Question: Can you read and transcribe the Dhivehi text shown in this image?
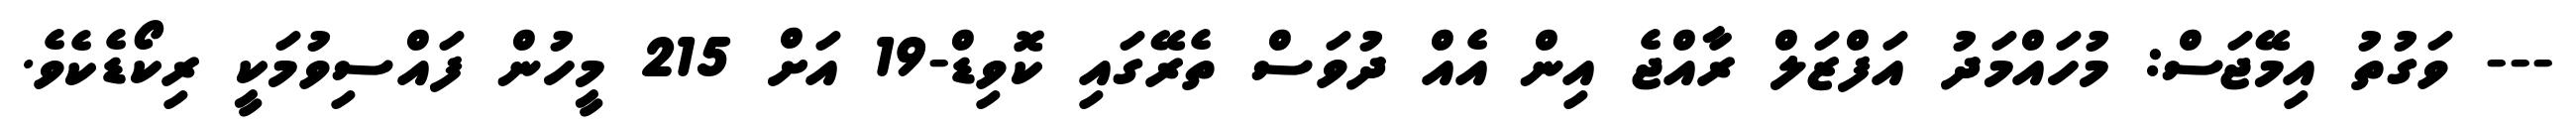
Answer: --- ވަގުތު އިމޭޖަސް: މުހައްމަދު އަފްޒަލް ރާއްޖެ އިން އެއް ދުވަސް ތެރޭގައި ކޮވިޑް-19 އަށް 215 މީހުން ފައްސިވުމަކީ ރިކޯޑެކެވެ.